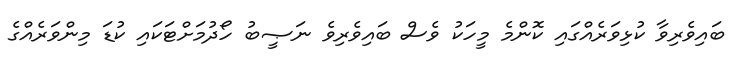
ބައިވެރިވާ ކުޅިވަރެއްގައި ކޮންމެ މީހަކު ވެސް ބައިވެރިވެ ނަޞީބު ހޯދުމަށްޓަކައި ކުޑަ މިންވަރެއްގެ